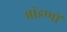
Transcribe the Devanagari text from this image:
मांडणों